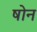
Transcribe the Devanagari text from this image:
षोन